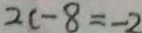
2 c - 8 = - 2